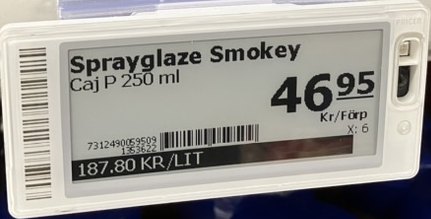
Vara: Sprayglaze Smokey
Genomsnittspris: 187.8 per L